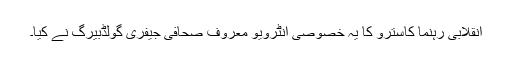
انقلابی رہنما کاسترو کا یہ خصوصی انٹرویو معروف صحافی جیفری گولڈبیرگ نے کیا۔